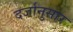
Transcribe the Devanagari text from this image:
दर्जानुसार